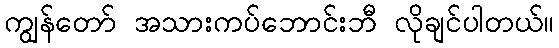
ကျွန်တော် အသားကပ်ဘောင်းဘီ လိုချင်ပါတယ်။